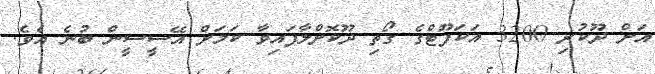
އަށް ދޫކުރި 3200 އަކަފޫޓްގެ ގޯތި ދޫކޮށްލާފައިވާ ކަމަށް އޭސީސީން ބުނެ އެވެ.